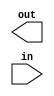
// Design a circuit that divides a 4-bit signed binary number (in)
// by 3 to produce a 3-bit signed binary number (out).  Note that
// integer division rounds toward zero for both positive and negative
// numbers (e.g., -5/3 is -1).

module sdiv3(out, in);
   output [2:0] out;
   input  [3:0]	in;
   
endmodule // sdiv3